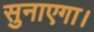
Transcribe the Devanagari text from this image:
सुनाएगा।